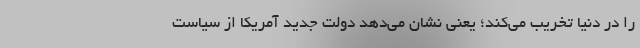
را در دنیا تخریب می‌کند؛ یعنی نشان می‌دهد دولت جدید آمریکا از سیاست